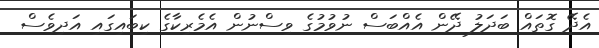
އެދޭ ގޮތައް ބަދަލު ދޭން އެއްބަސް ނުވުމުގެ ވިސްނުން އެމެރިކާގެ ކިބައިގައި އަދިވެސް